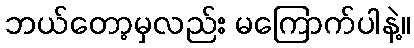
ဘယ်တော့မှလည်း မကြောက်ပါနဲ့။